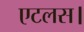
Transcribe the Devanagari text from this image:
एटलस।